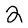
Character: 2